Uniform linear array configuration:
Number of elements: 48
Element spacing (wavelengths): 0.75
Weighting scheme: cosine
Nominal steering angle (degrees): -60
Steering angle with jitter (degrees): -59.347
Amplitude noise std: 0.05
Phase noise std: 0.05

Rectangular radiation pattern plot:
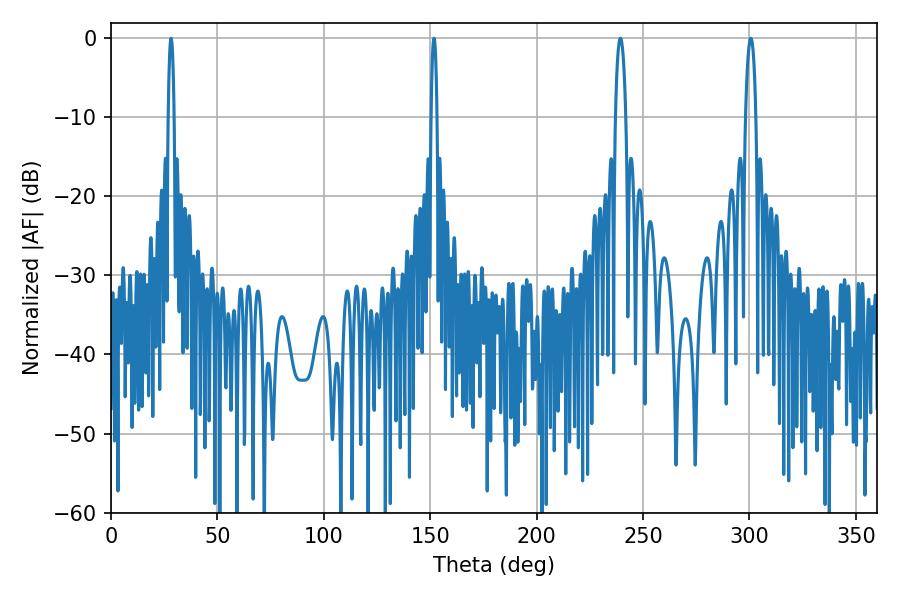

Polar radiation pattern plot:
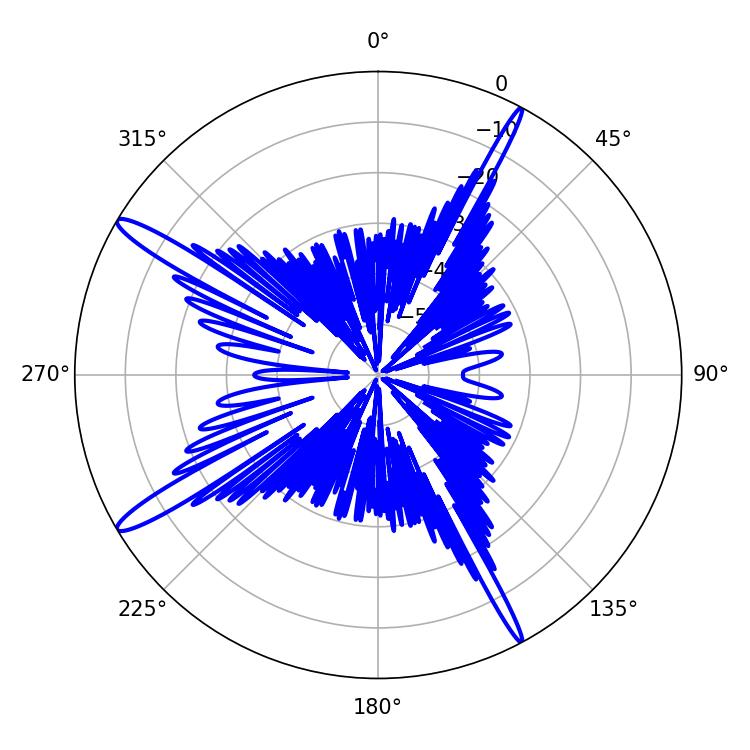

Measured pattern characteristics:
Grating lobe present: TRUE
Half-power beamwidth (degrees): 2.7
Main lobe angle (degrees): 300.6